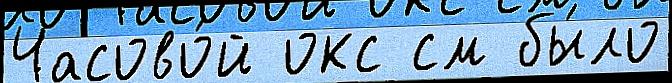
Часово́й окс см бы́ло